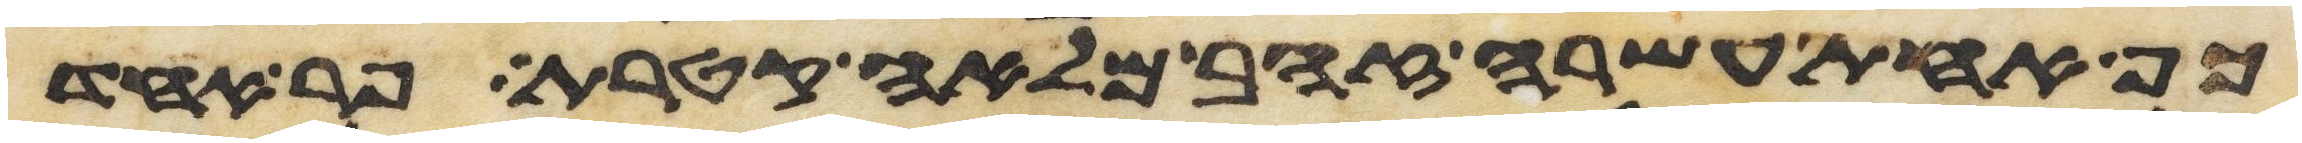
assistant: כף אחת עשרה זהב מלאה קטרת פר אחד